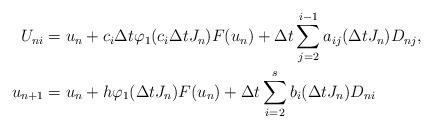
LaTeX: \begin{align*}U_{ni}&= u_n + c_i \Delta t \varphi _{1} ( c_i \Delta t J_n)F(u_n) + \Delta t \sum_{j=2}^{i-1}a_{ij}(\Delta t J_n) D_{nj}, \\u_{n+1}& = u_n + h\varphi _{1} (\Delta t J_n)F(u_n) + \Delta t \sum_{i=2}^{s}b_{i}(\Delta t J_n) D_{ni} \end{align*}